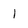
Character: l